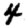
Digit: 4